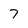
Character: 7